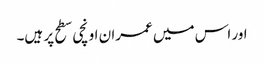
اور اس میں عمران اونچی سطح پر ہیں۔